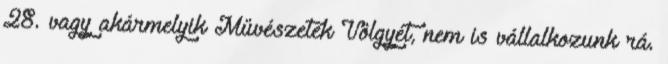
28. vagy akármelyik Művészetek Völgyét, nem is vállalkozunk rá.